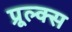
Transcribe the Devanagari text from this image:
प्रूल्क्स